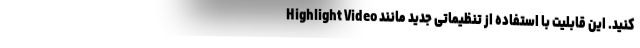
کنید. این قابلیت با استفاده از تنظیماتی جدید مانند Highlight Video